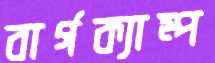
বার্গক্যাম্প